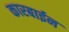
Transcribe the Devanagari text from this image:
कारबाईन